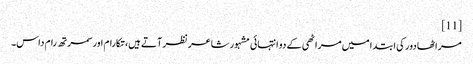
[11]
مراٹھا دور کی ابتدا میں مراٹھی کے دو انتہائی مشہور شاعر نظر آتے ہیں، تکارام اور سمرتھ رام داس۔